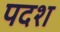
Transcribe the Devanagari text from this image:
पदश